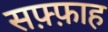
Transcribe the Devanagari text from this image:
सफ़्फ़ाह